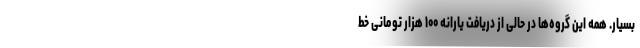
بسیار. همه این گروه‌ها در حالی از دریافت یارانه ۱۰۰ هزار تومانی خط